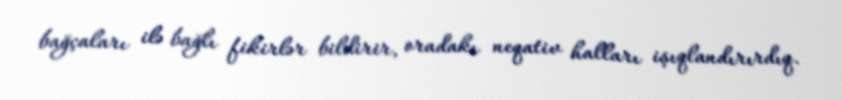
bağçaları ilə bağlı fikirlər bildirir, oradakı neqativ halları işıqlandırırdıq.